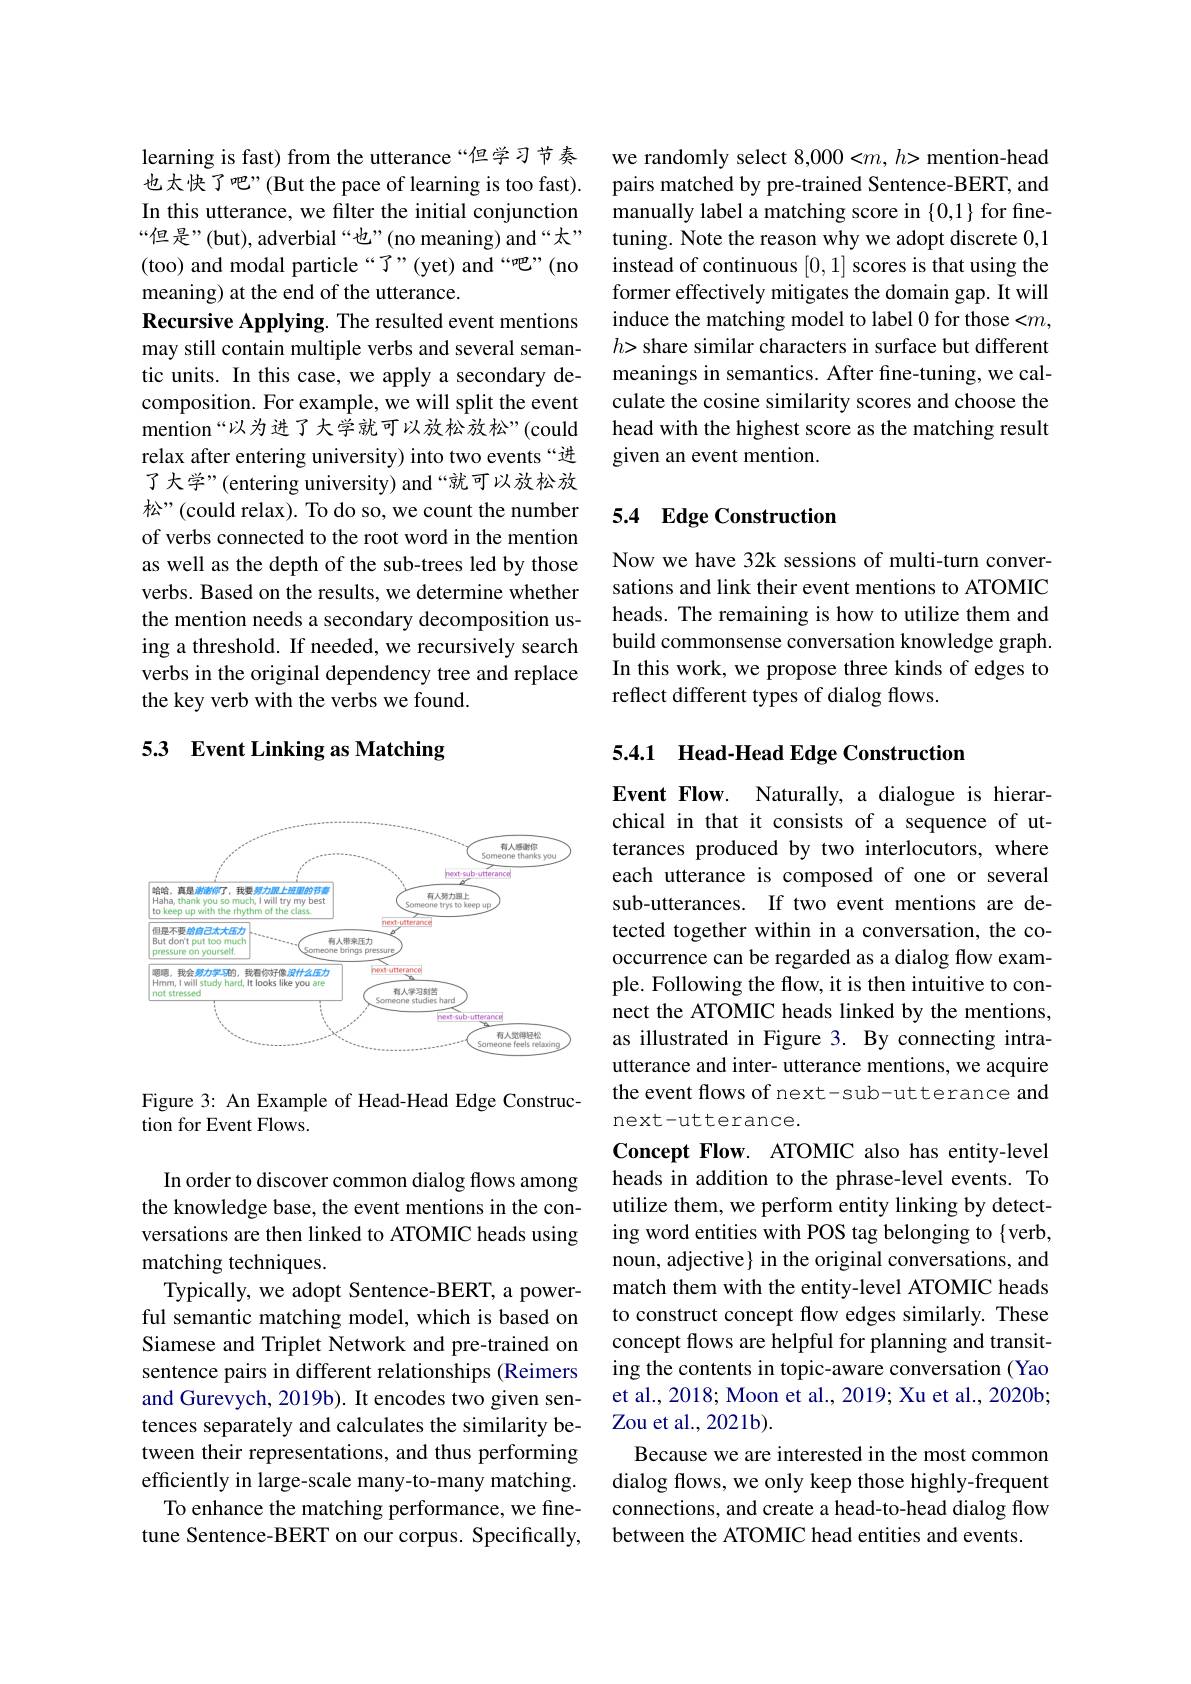
learning is fast) from the utterance“但学习节奏也太快了吧”(But the pace of learning is too fast). In this utterance, we filter the initial conjunction “但是”(but), adverbial“也”(no meaning) and“太” (too) and modal particle “了”(yet) and “吧”(no meaning) at the end of the utterance.
Recursive Applying. The resulted event mentions may still contain multiple verbs and several semantic units. In this case, we apply a secondary decomposition. For example, we will split the event mention“以为进了大学就可以放松放松”(could relax after entering university) into two events“进了大学”(entering university) and“就可以放松放松”(could relax). To do so, we count the number of verbs connected to the root word in the mention as well as the depth of the sub-trees led by those verbs. Based on the results, we determine whether the mention needs a secondary decomposition using a threshold. If needed, we recursively search verbs in the original dependency tree and replace the key verb with the verbs we found.

# 5.3 Event Linking as Matching

<FigureHere>

Figure 3: An Example of Head-Head Edge Construc-
tion for Event Flows.

In order to discover common dialog flows among the knowledge base, the event mentions in the conversations are then linked to ATOMIC heads using matching techniques.
Typically, we adopt Sentence-BERT, a powerful semantic matching model, which is based on Siamese and Triplet Network and pre-trained on sentence pairs in different relationships (Reimers and Gurevych, 2019b). It encodes two given sentences separately and calculates the similarity between their representations, and thus performing efficiently in large-scale many-to-many matching. To enhance the matching performance, we finetune Sentence-BERT on our corpus. Specifically,

we randomly select 8,000<m, $h>$ mention-head pairs matched by pre-trained Sentence-BERT, and manually label a matching score in $\{0,1\}$ for finetuning. Note the reason why we adopt discrete 0,1 instead of continuous [0,1] scores is that using the former effectively mitigates the domain gap. It will induce the matching model to label 0 for those <m, $h{>}$ share similar characters in surface but different meanings in semantics. After fine-tuning, we calculate the cosine similarity scores and choose the head with the highest score as the matching result given an event mention.

## 5.4 Edge Construction

Now we have 32k sessions of multi-turn conversations and link their event mentions to ATOMIC heads. The remaining is how to utilize them and build commonsense conversation knowledge graph. In this work, we propose three kinds of edges to reflect different types of dialog flows.

## 5.4.1 Head-Head Edge Construction

Event Flow. Naturally, a dialogue is hierarchical in that it consists of a sequence of utterances produced by two interlocutors, where each utterance is composed of one or several sub-utterances. If two event mentions are detected together within in a conversation, the cooccurrence can be regarded as a dialog flow example. Following the flow, it is then intuitive to connect the ATOMIC heads linked by the mentions, as illustrated in Figure 3. By connecting intrautterance and inter- utterance mentions, we acquire the event flows of next-sub-utterance and next-utterance.
Concept Flow. ATOMIC also has entity-level heads in addition to the phrase-level events. To utilize them, we perform entity linking by detecting word entities with POS tag belonging to {verb, noun, adjective} in the original conversations, and match them with the entity-level ATOMIC heads to construct concept flow edges similarly. These concept flows are helpful for planning and transiting the contents in topic-aware conversation (Yao et al., 2018; Moon et al., 2019; Xu et al., 2020b; Zou et al., 2021b).
Because we are interested in the most common dialog flows, we only keep those highly-frequent connections, and create a head-to-head dialog flow between the ATOMIC head entities and events.